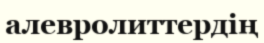
алевролиттердің